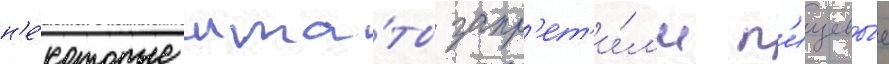
н'е́которые шта́ты запр'ет'и́л'и п'ищевы́е